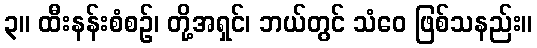
၃။ ထီးနန်းစံစဉ်၊ တို့အရှင်၊ ဘယ်တွင် သံဝေ ဖြစ်သနည်း။